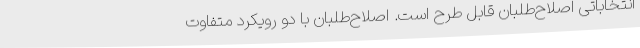
انتخاباتی اصلاح‌طلبان قابل طرح است. اصلاح‌طلبان با دو رویکرد متفاوت